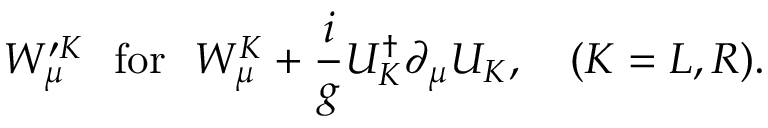
W _ { \mu } ^ { \prime K } ~ ~ \mathrm { f o r } ~ ~ W _ { \mu } ^ { K } + \frac { i } { g } U _ { K } ^ { \dagger } \partial _ { \mu } U _ { K } , ~ ~ ~ ( K = L , R ) .